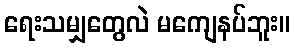
ရေးသမျှတွေလဲ မကျေနပ်ဘူး။